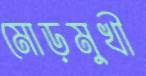
মোড়মুখী